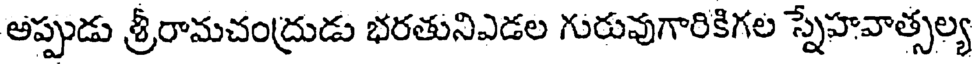
అప్పుడు శ్రీరామచంద్రుడు భరతునిఎడల గురువుగారికిగల స్నేహవాత్సల్య